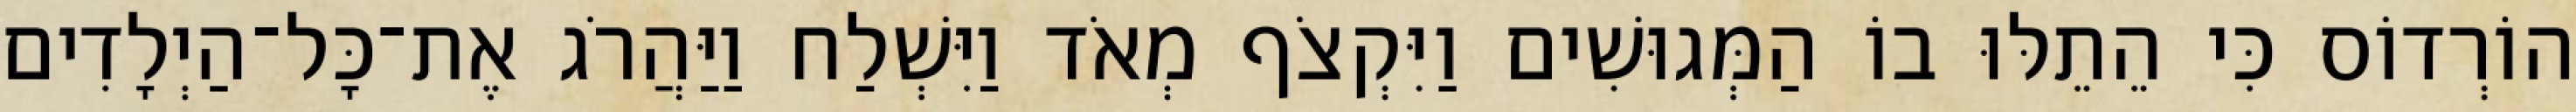
הוֹרְדוֹס כִּי הֵתֵלּוּ בוֹ הַמְּגוּשִׁים וַיִּקְצֹף מְאֹד וַיִּשְׁלַח וַיַּהֲרֹג אֶת־כָּל־הַיְלָדִים